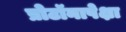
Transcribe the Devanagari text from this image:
प्रोटॉनापेक्षा